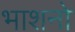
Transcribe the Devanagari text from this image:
भाशनो